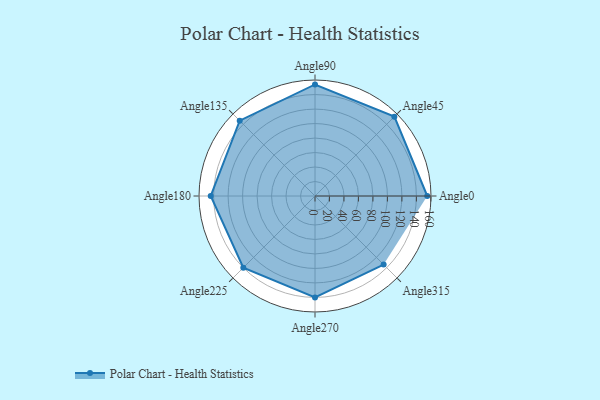
{"axis": {"x": "Angle", "y": "Radius"}, "legend": [""], "data": [{"x": "Angle0", "y": 155.0, "type": ""}, {"x": "Angle45", "y": 155.0, "type": ""}, {"x": "Angle90", "y": 154.0, "type": ""}, {"x": "Angle135", "y": 147.0, "type": ""}, {"x": "Angle180", "y": 144.0, "type": ""}, {"x": "Angle225", "y": 140.0, "type": ""}, {"x": "Angle270", "y": 140.0, "type": ""}, {"x": "Angle315", "y": 134.0, "type": ""}]}